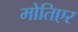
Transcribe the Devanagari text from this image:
मोतिएर